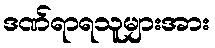
ဒဏ်ရာရသူများအား